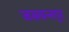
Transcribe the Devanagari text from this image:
जसवन्तपुर